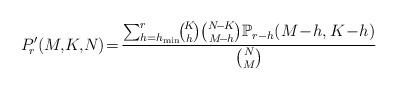
LaTeX: \begin{align*}P'_{\!r}(M,\!K,\!N)\!=\!\frac{\sum_{h=h_{\min}}^{r}\!\!\binom{\!K\!}{\!h\!}\binom{N\!-\!K}{M\!-\!h}\mathbb{P}_{r-h}(M\!-\!h,K\!-\!h)}{\binom{N}{M}}\end{align*}